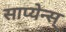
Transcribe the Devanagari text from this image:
साप्येन्स्